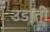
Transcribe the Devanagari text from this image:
उडाती